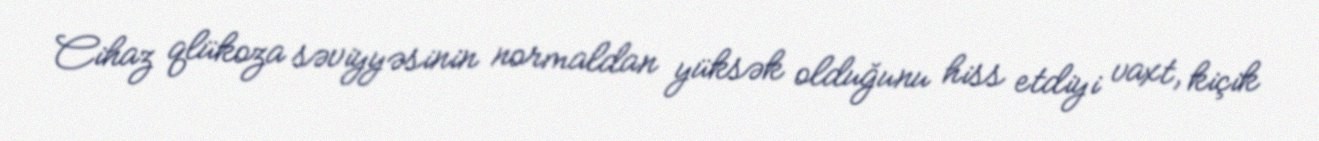
Cihaz qlükoza səviyyəsinin normaldan yüksək olduğunu hiss etdiyi vaxt, kiçik